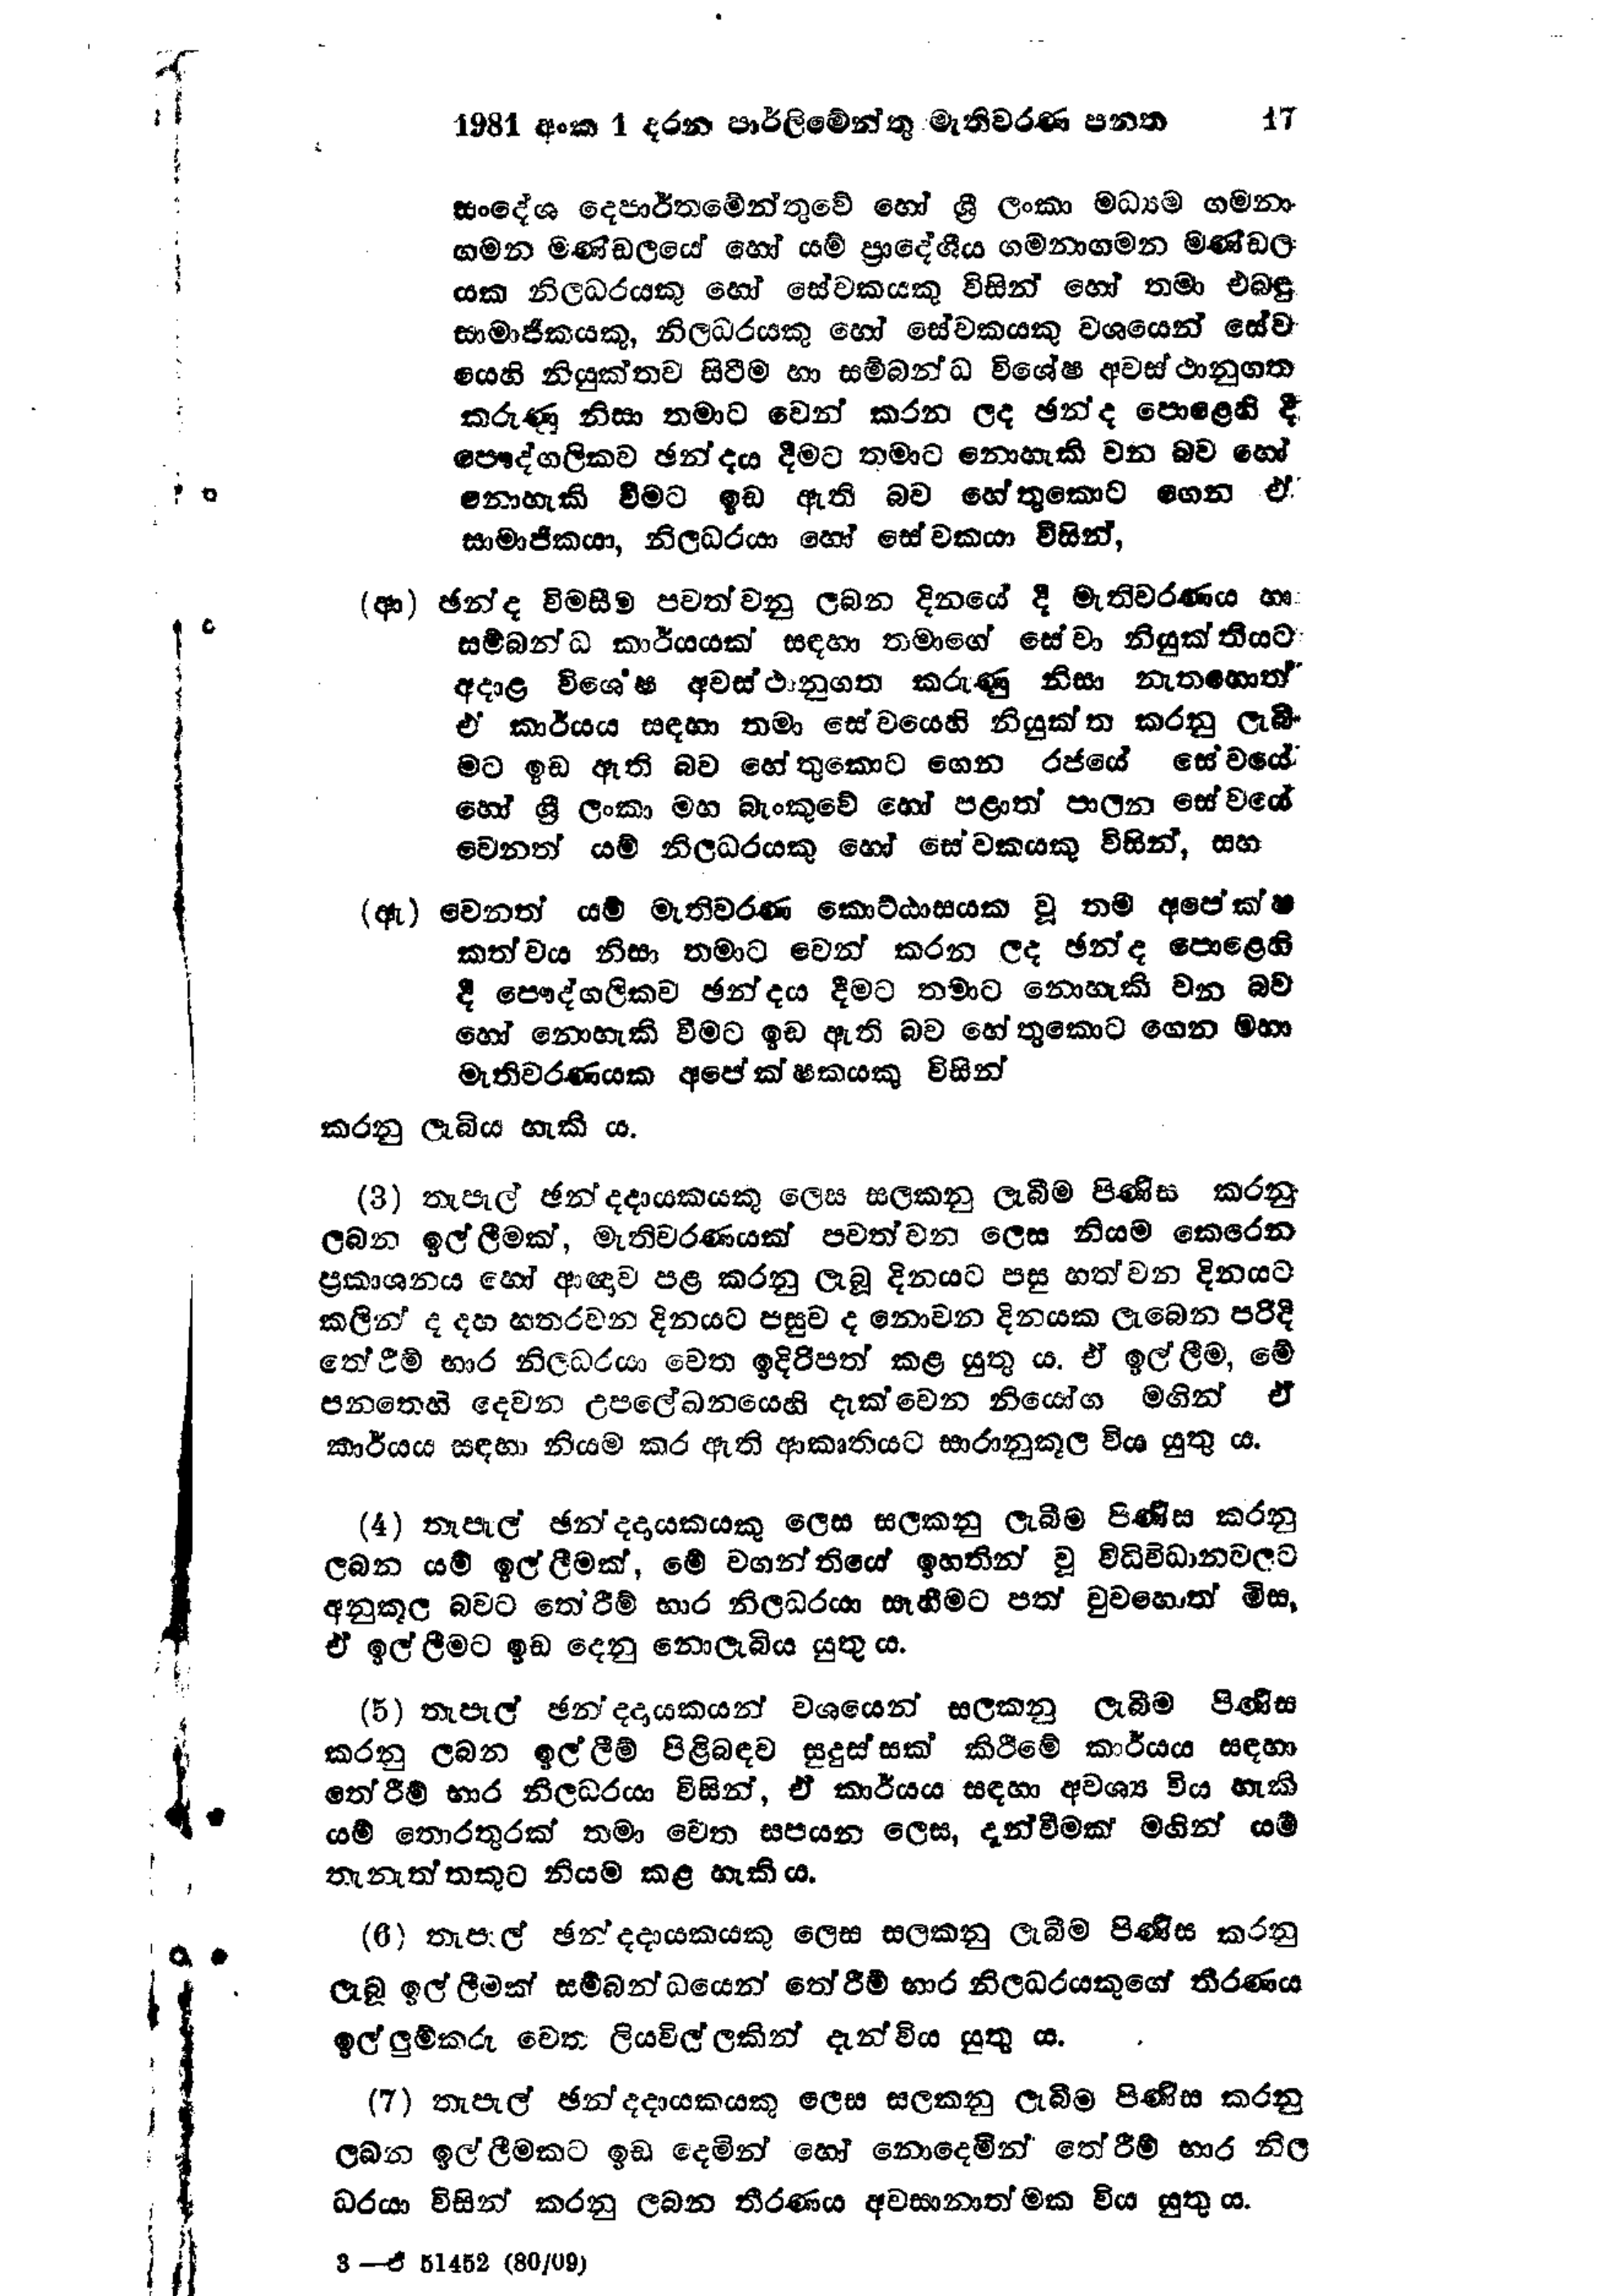
1981 අංක 1 දරන පාර්ලිමේන්තු මැතිවරණ පනත 			17

සංදේශ දෙපාර්තමේන්තුවේ හෝ ශ්‍රී ලංකා මධ්‍යම ගමනා
ගමන මණ්ඩලයේ හෝ යම් ප්‍රාදේශීය ගමනාගමන මණ්ඩල
යක නිලධරයකු හෝ සේවකයකු විසින් හෝ තමා එබඳු
සාමාජිකයකු, නිලධරයකු හෝ සේවකයකු වශයෙන් සේව
යෙහි නියුක්තව සිටීම හා සම්බන්ධ විශේෂ අවස්ථානුගත
කරුණු නිසා තමාට වෙන් කරන ලද ඡන්ද පොළෙහි දී
පෞද්ගලිකව ඡන්දය දීමට තමාට නොහැකි වන බව හෝ
නොහැකි වීමට ඉඩ ඇති බව හේතුකොට ගෙන ඒ
සාමාජිකයා, නිලධරයා හෝ සේවකයා විසින්,

(ආ) ඡන්ද විමසීම පවත්වනු ලබන දිනයේ දී මැතිවරණය හා
සම්බන්ධ කාර්යයක් සඳහා තමාගේ සේවා නියුක්තියට
අදාළ විශේෂ අවස්ථානුගත කරුණු නිසා නැතහොත්
ඒ කාර්යය සඳහා තමා සේවයෙහි නියුක්ත කරනු ලැබී
මට ඉඩ ඇති බව හේතුකොට ගෙන රජයේ සේවයේ
හෝ ශ්‍රී ලංකා මහ බැංකුවේ හෝ පළාත් පාලන සේවයේ
වෙනත් යම් නිලධරයකු හෝ සේවකයකු විසින්, සහ

(ඇ) වෙනත් යම් මැතිවරණ කොට්ඨාසයක වූ තම අපේක්ෂ
කත්වය නිසා තමාට වෙන් කරන ලද ඡන්ද පොළෙහි
දී පෞද්ගලිකව ඡන්දය දීමට තමාට නොහැකි වන බව
හෝ නොහැකි වීමට ඉඩ ඇති බව හේතුකොට ගෙන මහා
මැතිවරණයක අපේක්ෂකයකු විසින්

කරනු ලැබිය හැකිය.

(3) තැපැල් ඡන්දදායකයන් ලෙස සලකනු ලැබීම පිණිස කරනු
ලබන ඉල්ලීමක්, මැතිවරණයක් පවත්වන ලෙස නියම කෙරෙන
ප්‍රකාශනය හෝ ආඥාව පළ කරනු ලැබූ දිනයට පසු හත්වන දිනයට
කලින් ද දහ හතරවන දිනයට පසුව ද නොවන දිනයක ලැබෙන පරිදි
තේරීම් භාර නිලධරයා වෙත ඉදිරිපත් කළ යුතු ය. ඒ ඉල්ලීම, මේ
පනතෙහි දෙවන උපලේඛනයෙහි දැක්වෙන නියෝග මගින් ඒ
කාර්යය සඳහා නියම කර ඇති ආකෘතියට සාරානුකූල විය යුතු ය.

(4) තැපැල් ඡන්දදායකයන් ලෙස සලකනු ලැබීම පිණිස කරනු
ලබන යම් ඉල්ලීමක්, මේ වගන්තියේ ඉහතින් වූ විධිවිධානවලට
අනුකූල බවට තේරීම් භාර නිලධරයා සෑහීමට පත් වුවහොත් මිස,
ඒ ඉල්ලීමට ඉඩ දෙනු නොලැබිය යුතු ය.

(5) තැපැල් ඡන්දදායකයන් වශයෙන් සලකනු ලැබීම පිණිස
කරනු ලබන ඉල්ලීම් පිළිබඳව සුදුස්සෙක් කිරීමේ කාර්යය සඳහා
තේරීම් භාර නිලධරයා විසින්, ඒ කාර්යය සඳහා අවශ්‍ය විය හැකි
යම් තොරතුරක් තමා වෙත සපයන ලෙස, දැන්වීමක් මඟින් යම්
තැනැත්තකුට නියම කළ හැකි ය.

(6) තැපැල් ඡන්දදායකයකු ලෙස සලකනු ලැබීම පිණිස කරනු
ලැබූ ඉල්ලීමක් සම්බන්ධයෙන් තේරීම් භාර නිලධරයකුගේ තීරණය
ඉල්ලුම්කරු වෙත ලියවිල්ලකින් දැන්විය යුතු ය.

(7) තැපැල් ඡන්දදායකයකු ලෙස සලකනු ලැබීම පිණිස කරනු
ලබන ඉල්ලීමකට ඉඩ දෙමින් හෝ නොදෙමින් තේරීම් භාර නිල
ධරයා විසින් කරනු ලබන තීරණය අවසානාත්මක විය යුතු ය.

3 -ඒ 51452 (80/09)